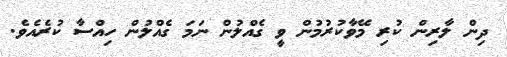
ދިން ލާރިން ކުރި މޭވާކުރުމުން ވީ ގެއްލުން ނަމަ ގެއްލުން ހިއްސާ ކުރެއެވެ.